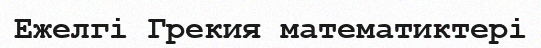
Ежелгі Грекия математиктері